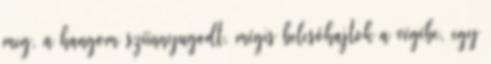
meg, a hangom szíínnyugodt, mégis belesóhajtok a végébe, egy